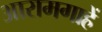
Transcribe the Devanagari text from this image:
आरामगाहें